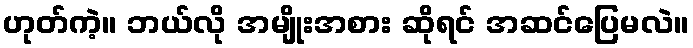
ဟုတ်ကဲ့။ ဘယ်လို အမျိုးအစား ဆိုရင် အဆင်ပြေမလဲ။